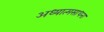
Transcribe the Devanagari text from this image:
अध्यात्मसाधना